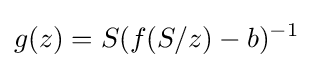
g(z)=S(f(S/z)-b)^{-1}